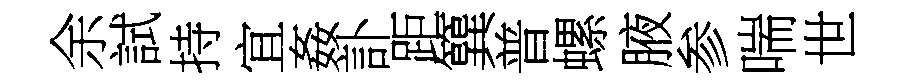
余試持宜姦訃距簨普螺腋参喘世